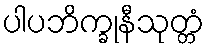
ပါပဘိက္ခုနီသုတ္တံ